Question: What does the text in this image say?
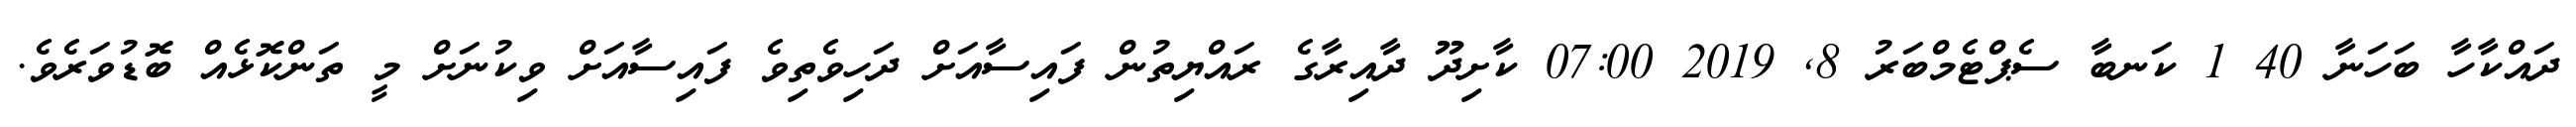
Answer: ދައްކާހާ ބަހަނާ 40 1 ކަނބާ ސެޕްޓެމްބަރު 8, 2019 07:00 ކާށިދޫ ދާއިރާގެ ރައްޔިތުން ފައިސާއަށް ދަހިވެތިވެ ފައިސާއަށް ވިކުނަށް މީ ތަންކޮޅެއް ބޮޑުވަރެވެ.